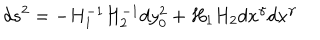
LaTeX: d s ^ { 2 } = - H _ { 1 } ^ { - 1 } H _ { 2 } ^ { - 1 } d y _ { 0 } ^ { 2 } + H _ { 1 } H _ { 2 } d x ^ { \gamma } d x ^ { \gamma }